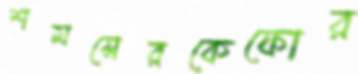
শমসেরকেফোর